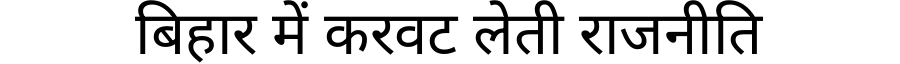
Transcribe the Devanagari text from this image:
बिहार में करवट लेती राजनीति